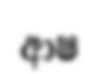
ආෂ